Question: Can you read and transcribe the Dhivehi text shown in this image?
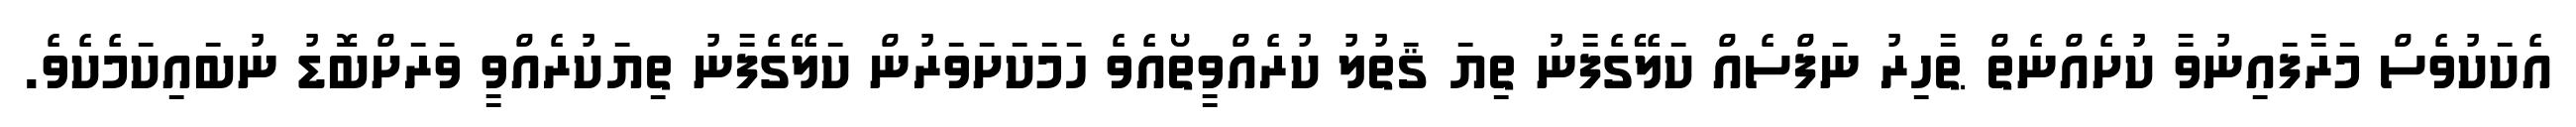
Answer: އެކަކުވެސް މަރާފައިނުވާ ކުށެއްނެތް ޠާހިރު ނަފްސެއް ކަލޭގެފާނު ތިޔަ ޤަތުލު ކުރެއްވީތޯއެވެ ހަމަކަށަވަރުން ކަލޭގެފާނު ތިޔަކުރެއްވީ ވަރަށްބޮޑު ނުބައިކަމެކެވެ.